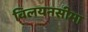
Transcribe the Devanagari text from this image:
विलयनसीमा